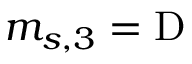
m _ { s , 3 } = \mathrm { D }